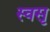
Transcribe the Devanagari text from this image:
स्वसृ